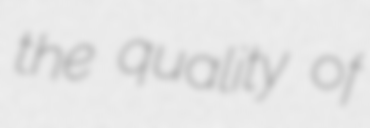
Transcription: the quality of